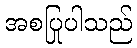
အစပြုပါသည်